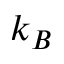
k _ { B }